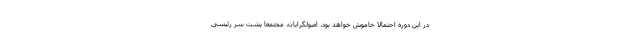
در این دوره احتمالاً خاموش خواهد بود، اصولگرایان، مجتمعاً پشت سر رئیسی